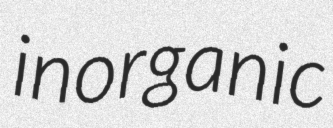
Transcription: inorganic